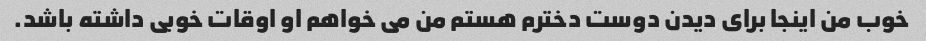
خوب من اینجا برای دیدن دوست دخترم هستم من می خواهم او اوقات خوبی داشته باشد.